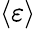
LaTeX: \left\langle\varepsilon\right\rangle